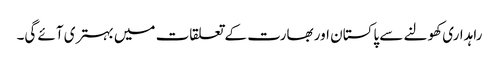
راہداری کھولنے سے پاکستان اور بھارت کے تعلقات میں بہتری آئے گی۔